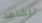
لنشاهد